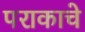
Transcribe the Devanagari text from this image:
पराकाचे